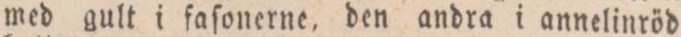
med gult i faſonerne, den andra i annelinröd